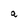
Character: a